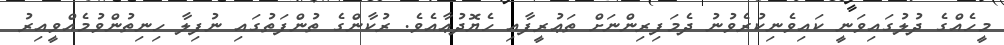
މީހެއްގެ ދުލުގައިވަނީ ކައިވެނިކުރެވުނު ދެމަފިރިންނަށް ތަޢުރީފާއި ހެޔޮދުޢާއެވެ. ރުކާންގެ ތުންފަތުގައި ނުފިލާ ހިނިތުންވުމެއްވީއިރު